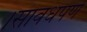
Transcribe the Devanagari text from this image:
।सावधपणे